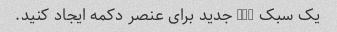
یک سبک CSS جدید برای عنصر دکمه ایجاد کنید.